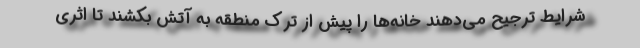
شرایط ترجیح می‌دهند خانه‌ها را پیش از ترک منطقه به آتش بکشند تا اثری